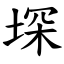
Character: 堔